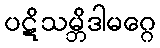
ပဋိသမ္ဘိဒါမဂ္ဂေ